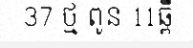
37 ថ្ម ពូន 11ឆ្ពឹ